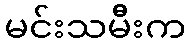
မင်းသမီးက